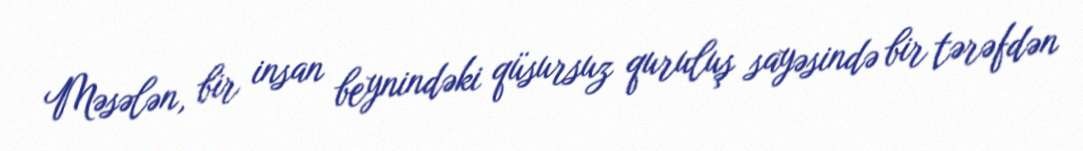
Məsələn, bir insan beynindəki qüsursuz quruluş sayəsində bir tərəfdən